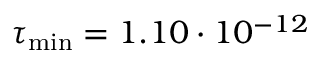
\tau _ { \mathrm { m i n } } = 1 . 1 0 \cdot 1 0 ^ { - 1 2 }